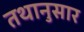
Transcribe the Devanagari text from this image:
तथानुसार